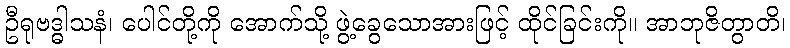
ဦရုဗဒ္ဓါသနံ၊ ပေါင်တို့ကို အောက်သို့ ဖွဲ့ခွေသောအားဖြင့် ထိုင်ခြင်းကို။ အာဘုဇိတွာတိ၊